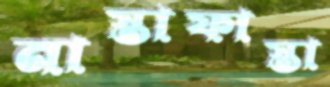
নাস্তাফাস্তা